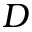
D